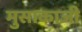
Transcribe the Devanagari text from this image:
मुसाकाजी